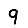
Digit: 9